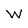
Character: W